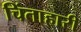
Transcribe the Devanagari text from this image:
चिंताहारी